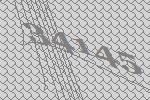
34145